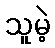
သူမဲ့